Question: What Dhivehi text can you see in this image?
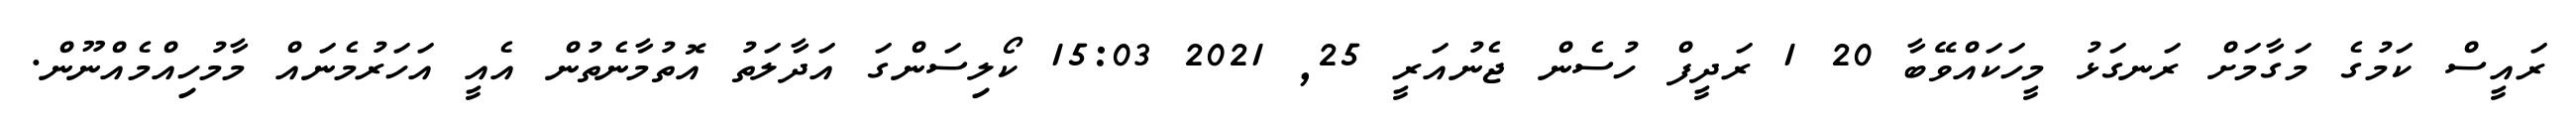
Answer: ރައީސް ކަމުގެ މަގާމަށް ރަނގަޅު މީހަކައްވޭބާ 20 1 ރަދީފް ހުސެން ޖެނުއަރީ 25, 2021 15:03 ކޯލިސަންގަ އަދާލަތު އޮތުމާނެތުން އެއީ އަހަރުމެނައް މާމުހިއްމެއްނޫން.